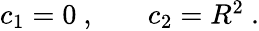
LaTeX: \begin{array}{rlr}{c_{1}=0~,}&{{}}&{c_{2}=R^{2}~.}\end{array}